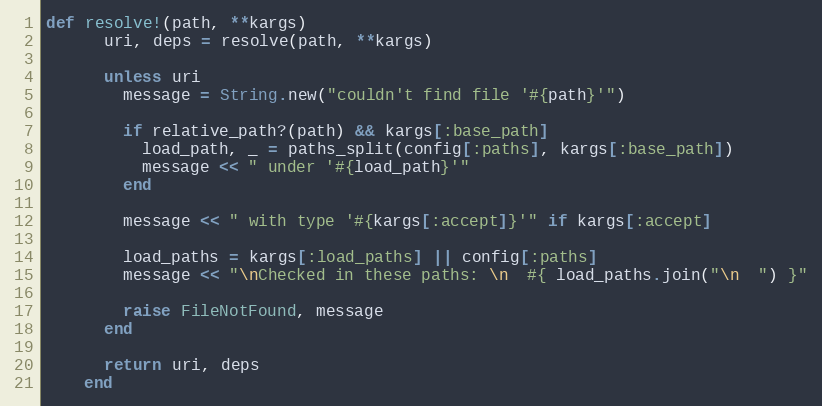
Language: Ruby
def resolve!(path, **kargs)
      uri, deps = resolve(path, **kargs)

      unless uri
        message = String.new("couldn't find file '#{path}'")

        if relative_path?(path) && kargs[:base_path]
          load_path, _ = paths_split(config[:paths], kargs[:base_path])
          message << " under '#{load_path}'"
        end

        message << " with type '#{kargs[:accept]}'" if kargs[:accept]

        load_paths = kargs[:load_paths] || config[:paths]
        message << "\nChecked in these paths: \n  #{ load_paths.join("\n  ") }"

        raise FileNotFound, message
      end

      return uri, deps
    end